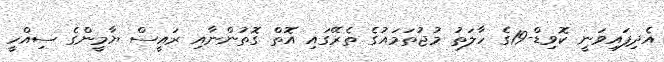
އެދިފައިވަނީ ކޮވިޑް-19ގެ ހާލަތު މުޖުތަމައުގެ ތެރޭގައި އޮތް ގޮތުންނާއި ރައީސް ޔާމީންގެ ސިއްހީ